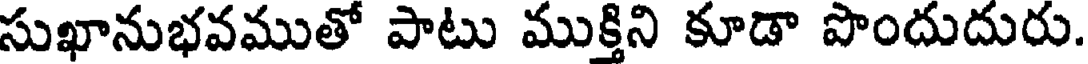
సుఖానుభవముతో పాటు ముక్తిని కూడా పొందుదురు